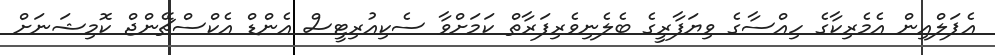
އެޕަލްއިން އެމެރިކާގެ ހިއްސާގެ ވިޔަފާރީގެ ބެލެނިވެރިފަރާތް ކަމަށްވާ ސެކިއުރިޓީސް އެންޑް އެކްސްޗޭންޖް ކޮމިޝަނަށް